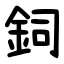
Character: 鉰